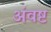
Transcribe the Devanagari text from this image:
अंवष्ट